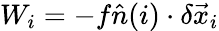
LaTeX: W_{i}=-f\hat{n}(i)\cdot\delta\vec{x}_{i}